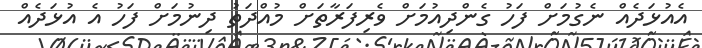
އެއުޅަދެއް ނެގުމަށް ފަހު ގެންދިއުމަށް ވެރިފަރާތަށް މުއްދަތު ދިނުމަށް ފަހު އެ އުޅަދެއް